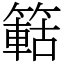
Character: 䉐